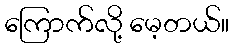
ကြောက်လို့ မေ့တယ်။